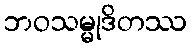
ဘဝသမ္မုဒိတဿ